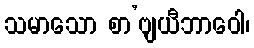
သမာသော စာ’ဗျယီဘာဝေါ၊